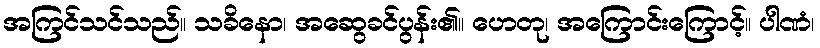
အကြင်သင်သည်။ သခိနော၊ အဆွေခင်ပွန်း၏။ ဟေတု၊ အကြောင်းကြောင့်။ ပါဏံ၊